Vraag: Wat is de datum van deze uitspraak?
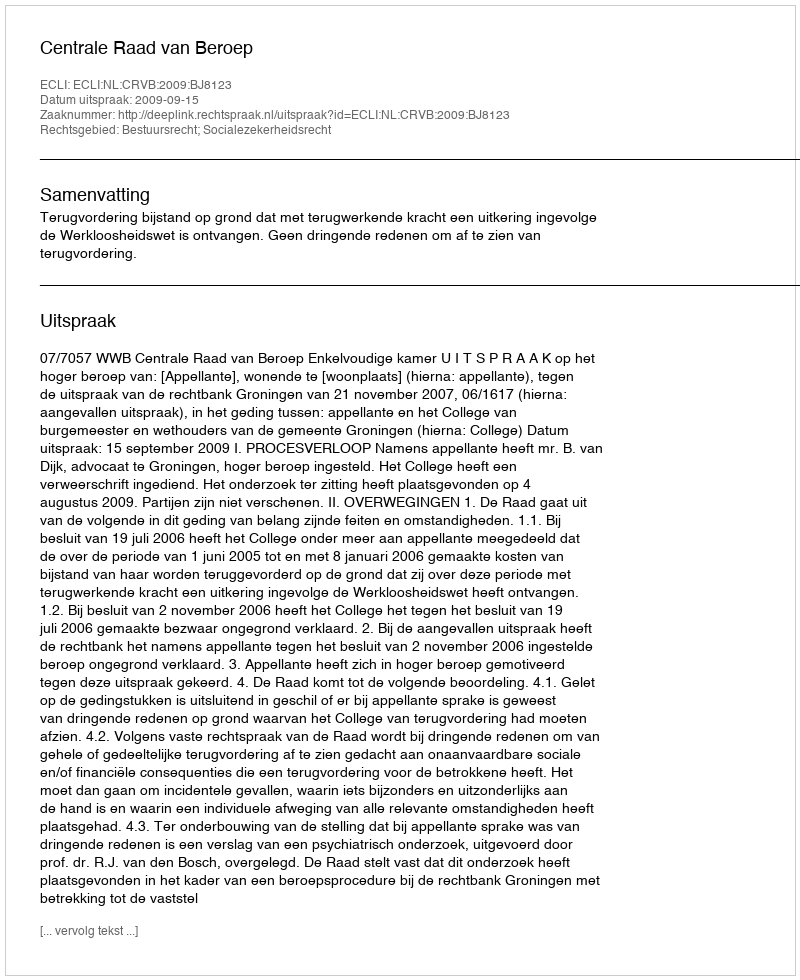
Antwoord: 2009-09-15